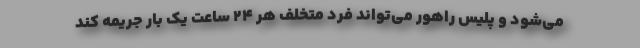
می‌شود و پلیس راهور می‌تواند فرد متخلف هر ۲۴ ساعت یک بار جریمه کند